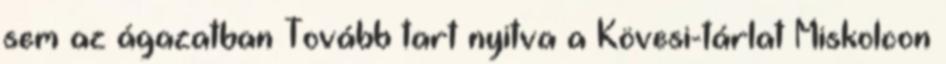
sem az ágazatban Tovább tart nyitva a Kövesi-tárlat Miskolcon